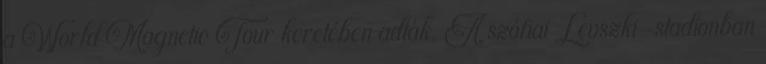
a World Magnetic Tour keretében adták. A szófiai Levszki-stadionban